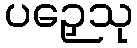
ပဉှေသု